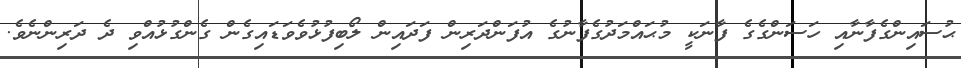
ޙުސައިންގެފާނާއި ހަސަންގެގެ ފާނަކީ މުޙައްމަދުގެފާނުގެ އުފަންދަރިން ފަދައިން ލޯބިފުޅުވެވަޑައިގެން ގެންގުޅުއްވި ދެ ދަރިންނެވެ.